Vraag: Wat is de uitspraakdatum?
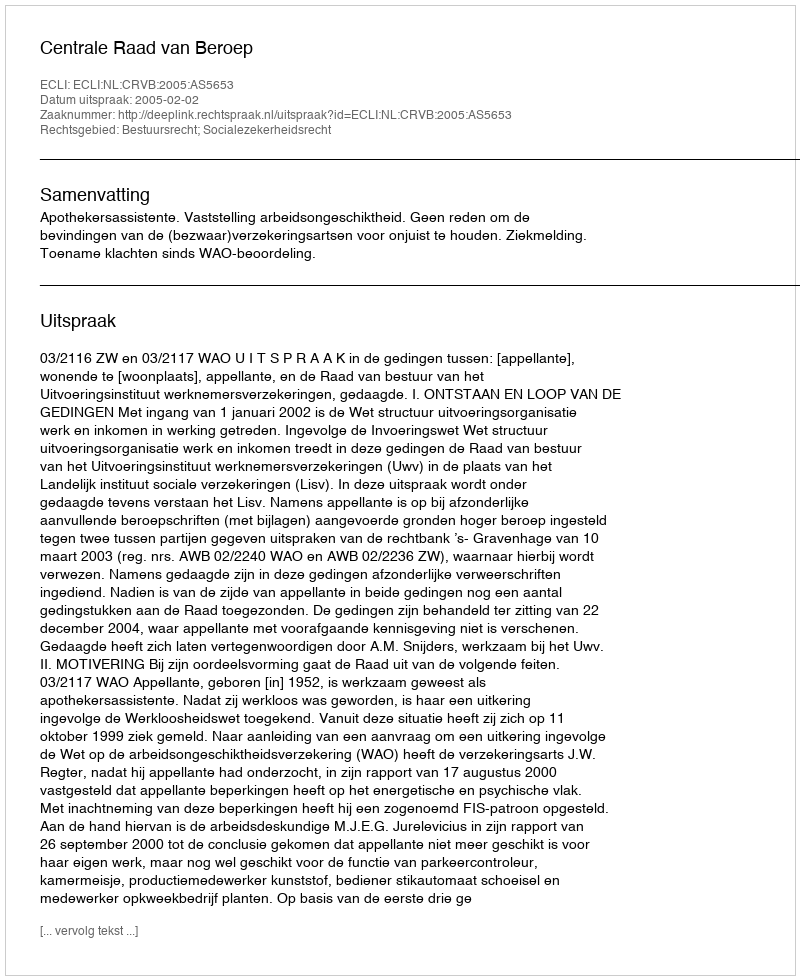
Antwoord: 2005-02-02